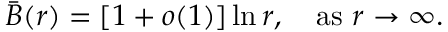
\bar { B } ( r ) = [ 1 + o ( 1 ) ] \ln r , \quad \mathrm { a s \ } r \to \infty .